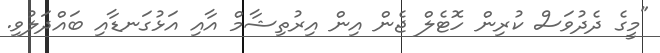
"މީގެ ދެދުވަސް ކުރިން ހޮޓެލް ޖެން އިން އިރުތިޝާމް އާއި އަޅުގަނޑާއި ބައްދަލުވި.